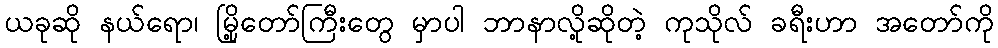
ယခုဆို နယ်ရော၊ မြို့တော်ကြီးတွေ မှာပါ ဘာနာလို့ဆိုတဲ့ ကုသိုလ် ခရီးဟာ အတော်ကို